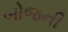
બોજની